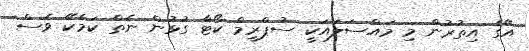
އޭގެ އިތުރުން މި މައްސަލައަކީ ސުޕްރީމް ކޯޓާ ގުޅުން ނެތް ކަމެކޭ ވެސް